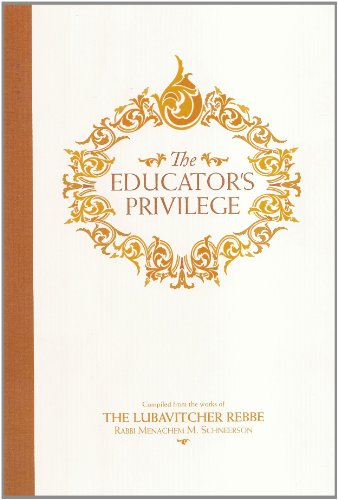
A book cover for Educator's Privilege (Chassidic Heritage); Rabbi Menachem M. Schneerson; Religion & Spirituality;